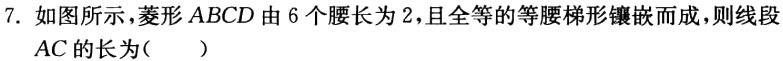
7. 如图所示，菱形 \(ABCD\) 由 \(6\) 个腰长为 \(2\)，且全等的等腰梯形镶嵌而成，则线段 \(AC\) 的长为（  ）